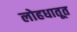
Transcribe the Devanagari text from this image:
लोहधातूत